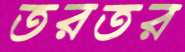
তরতর